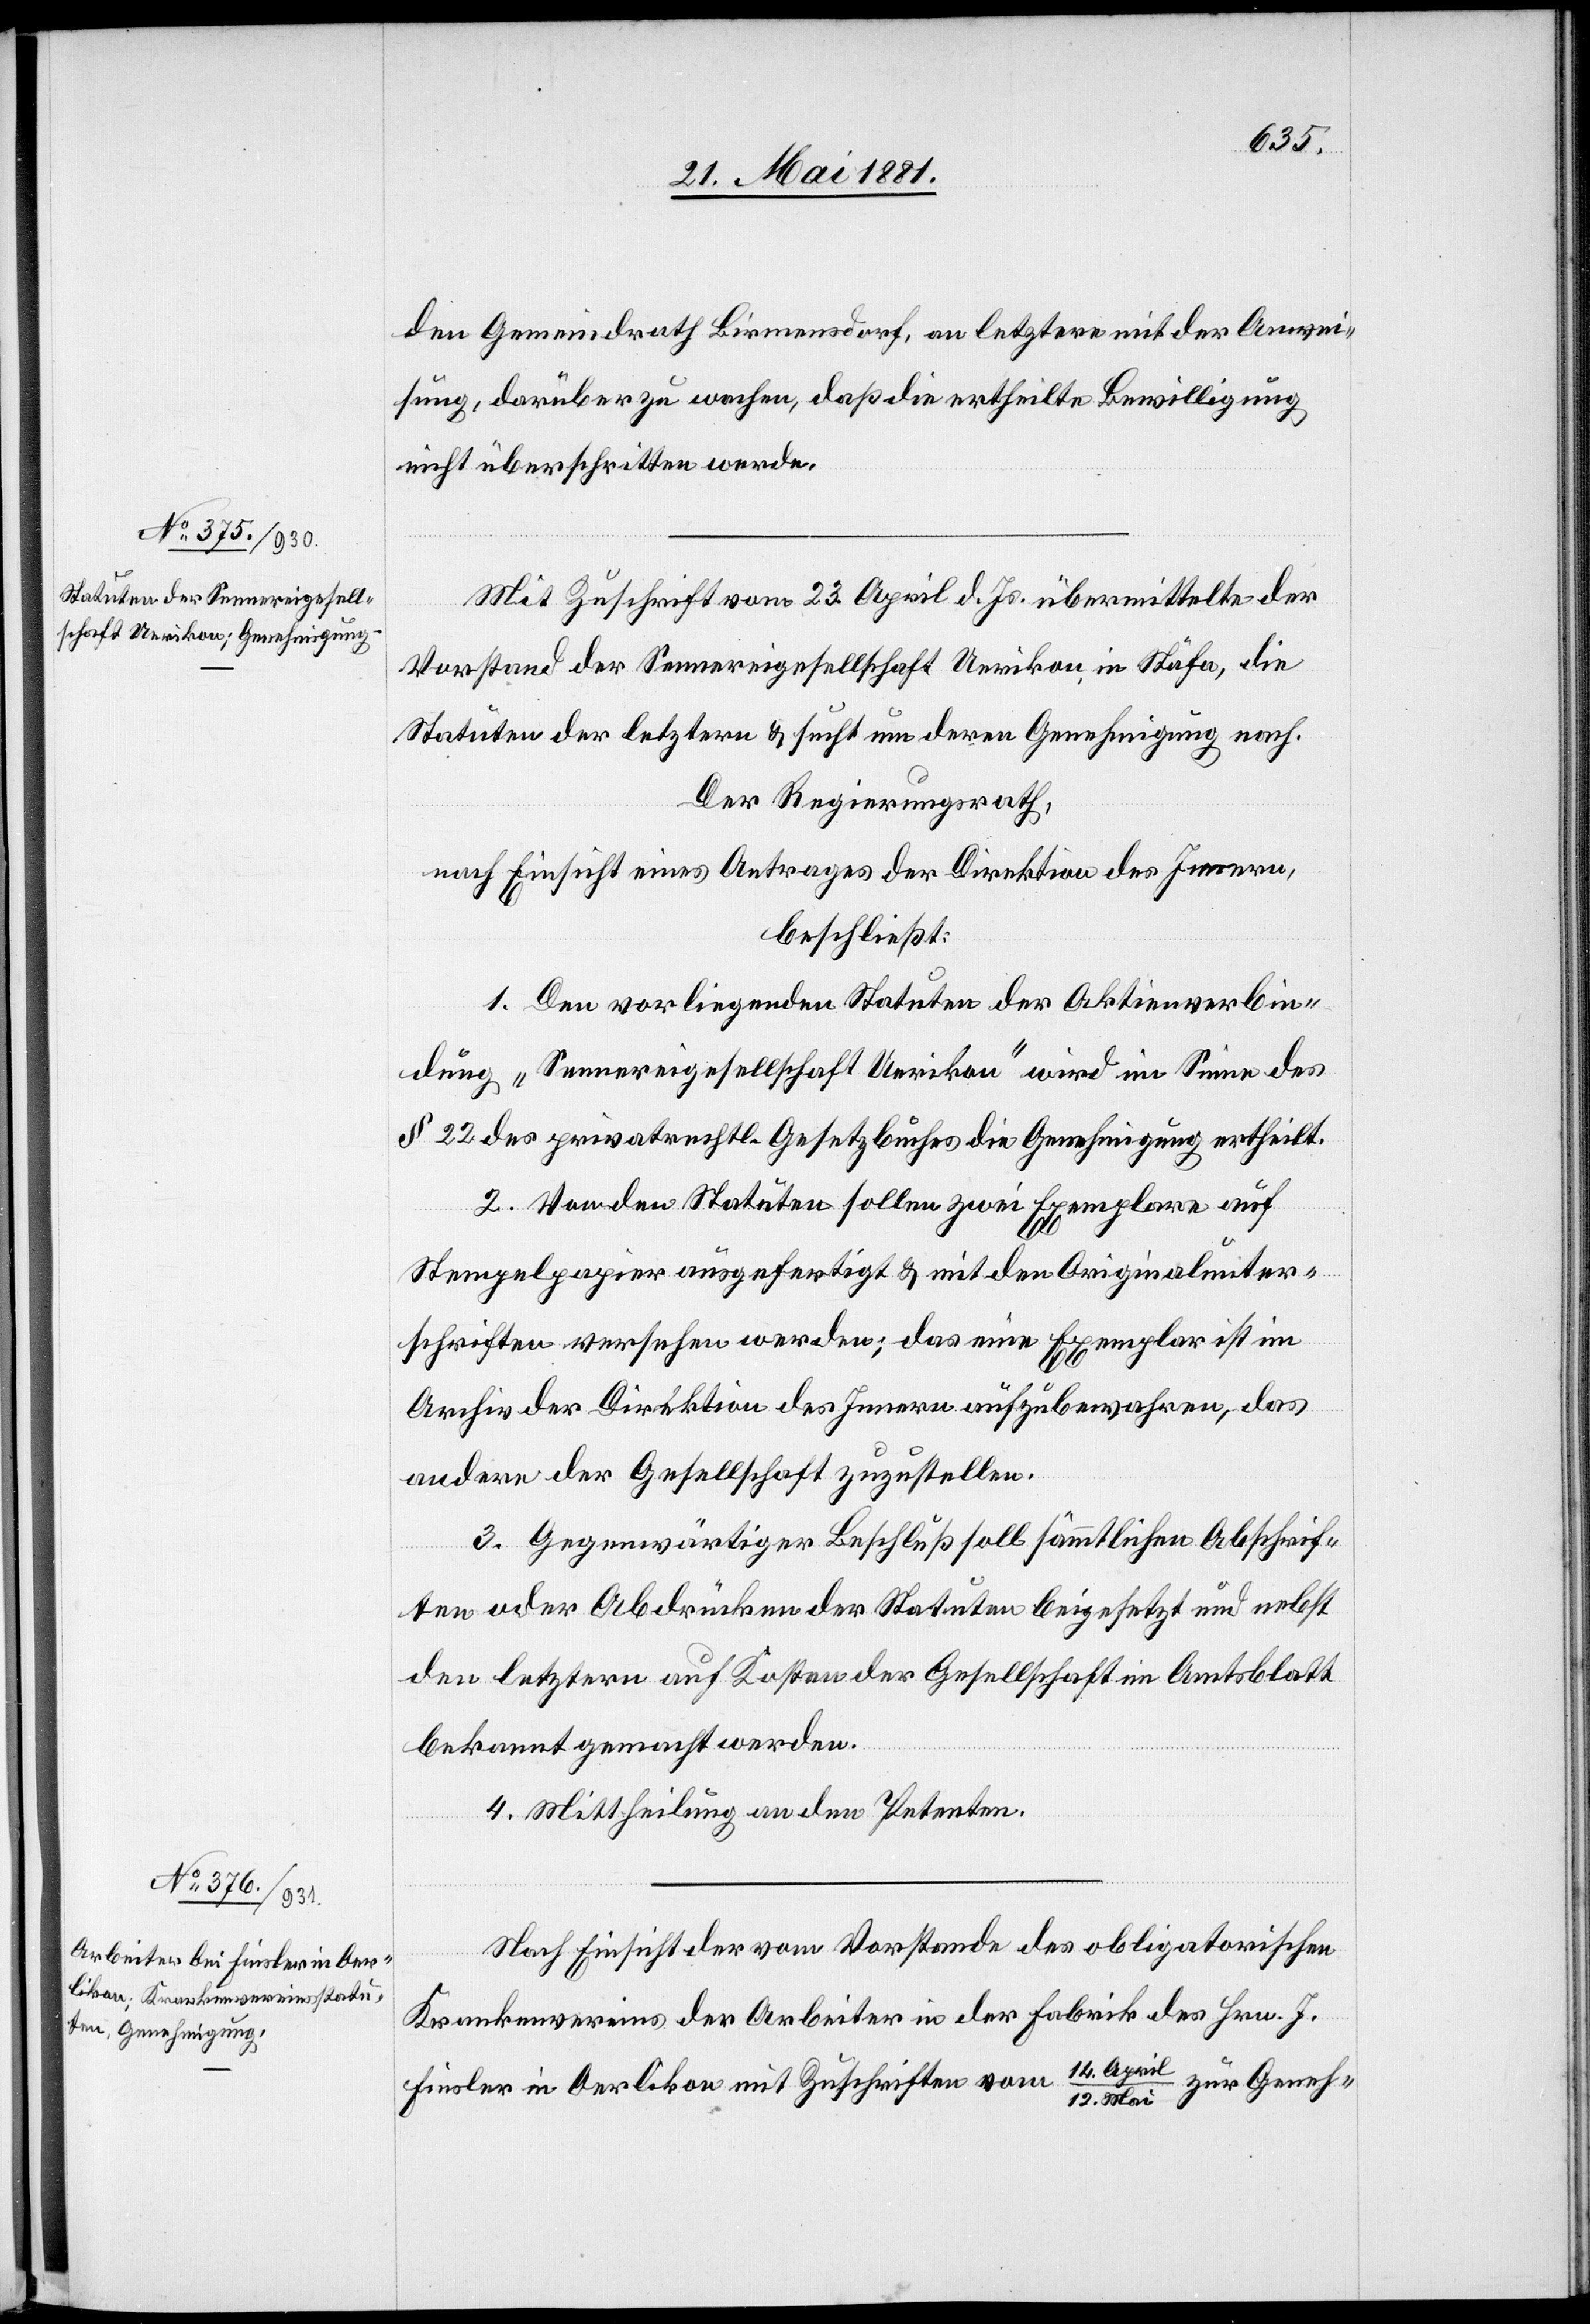
den Gemeindrath Birmensdorf, an letztere mit der Anwei¬
sung, darüber zu wachen, daß die ertheilte Bewilligung
nicht überschritten werde.
Mit Zuschrift vom 23. April d. Js. übermittelte der
Vorstand der Sennereigesellschaft Uerikon, in Stäfa, die
Statuten der letztern & sucht um deren Genehmigung nach.
Der Regierungsrath,
nach Einsicht eines Antrages der Direktion des Innern,
beschließt:
1. Den vorliegenden Statuten der Aktienverbin¬
dung „Sennereigesellschaft Uerikon“ wird im Sinne des
§ 22 des privatrechtl. Gesetzbuches die Genehmigung ertheilt.
2. Von den Statuten sollen zwei Exemplare auf
Stempelpapier ausgefertigt & mit den Originalunter¬
schriften versehen werden; das neue Exemplar ist im
Archiv der Direktion des Innern aufzubewahren, das
andere der Gesellschaft zuzustellen.
3. Gegenwärtiger Beschluß soll sämmtlichen Abschrif¬
ten oder Abdrücken der Statuten beigesetzt und nebst
den letztern auf Kosten der Gesellschaft im Amtsblatt
bekannt gemacht werden.
4. Mittheilung an den Petenten.
Nach Einsicht der vom Vorstande des obligatorischen
Krankenvereins der Arbeiter in der Fabrik des Hrn. J.
Fiesler in Oerlikon mit Zuschriften vom 14. April/12. Mai zur Geneh-